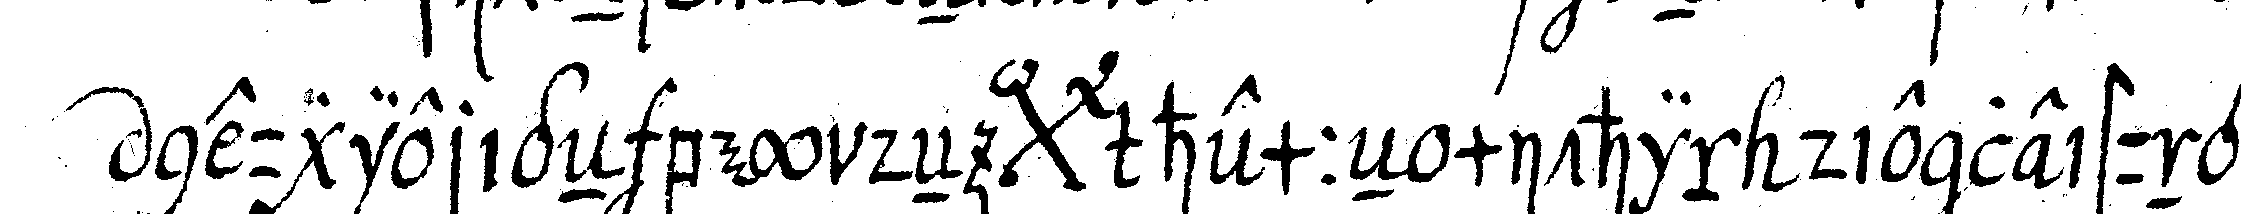
neugierigeN bey deN *bigx* hemmeN mithin die leistung